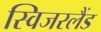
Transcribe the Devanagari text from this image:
स्विजरलैंड